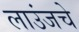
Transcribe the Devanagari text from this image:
लाउंजचे